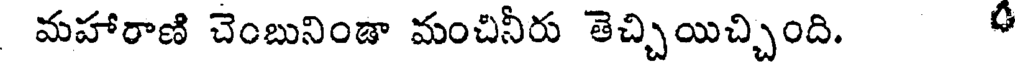
మహారాణి చెంబునిండా మంచినీరు తెచ్చియిచ్చింది. ఈ